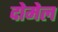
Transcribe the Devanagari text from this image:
दोमेल